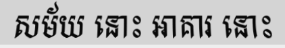
សម័យ នោះ អាគារ នោះ